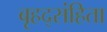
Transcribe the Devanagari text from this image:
बृहद्संहिता